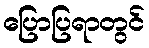
ပြောပြရာတွင်